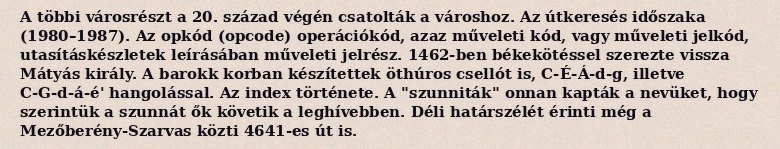
A többi városrészt a 20. század végén csatolták a városhoz. Az útkeresés időszaka (1980–1987). Az opkód (opcode) operációkód, azaz műveleti kód, vagy műveleti jelkód, utasításkészletek leírásában műveleti jelrész. 1462-ben békekötéssel szerezte vissza Mátyás király. A barokk korban készítettek öthúros csellót is, C-É-Á-d-g, illetve C-G-d-á-é' hangolással. Az index története. A "szunniták" onnan kapták a nevüket, hogy szerintük a szunnát ők követik a leghívebben. Déli határszélét érinti még a Mezőberény-Szarvas közti 4641-es út is.